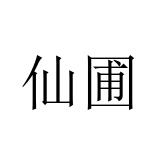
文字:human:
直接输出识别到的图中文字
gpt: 仙圃